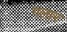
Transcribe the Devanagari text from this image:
गलार